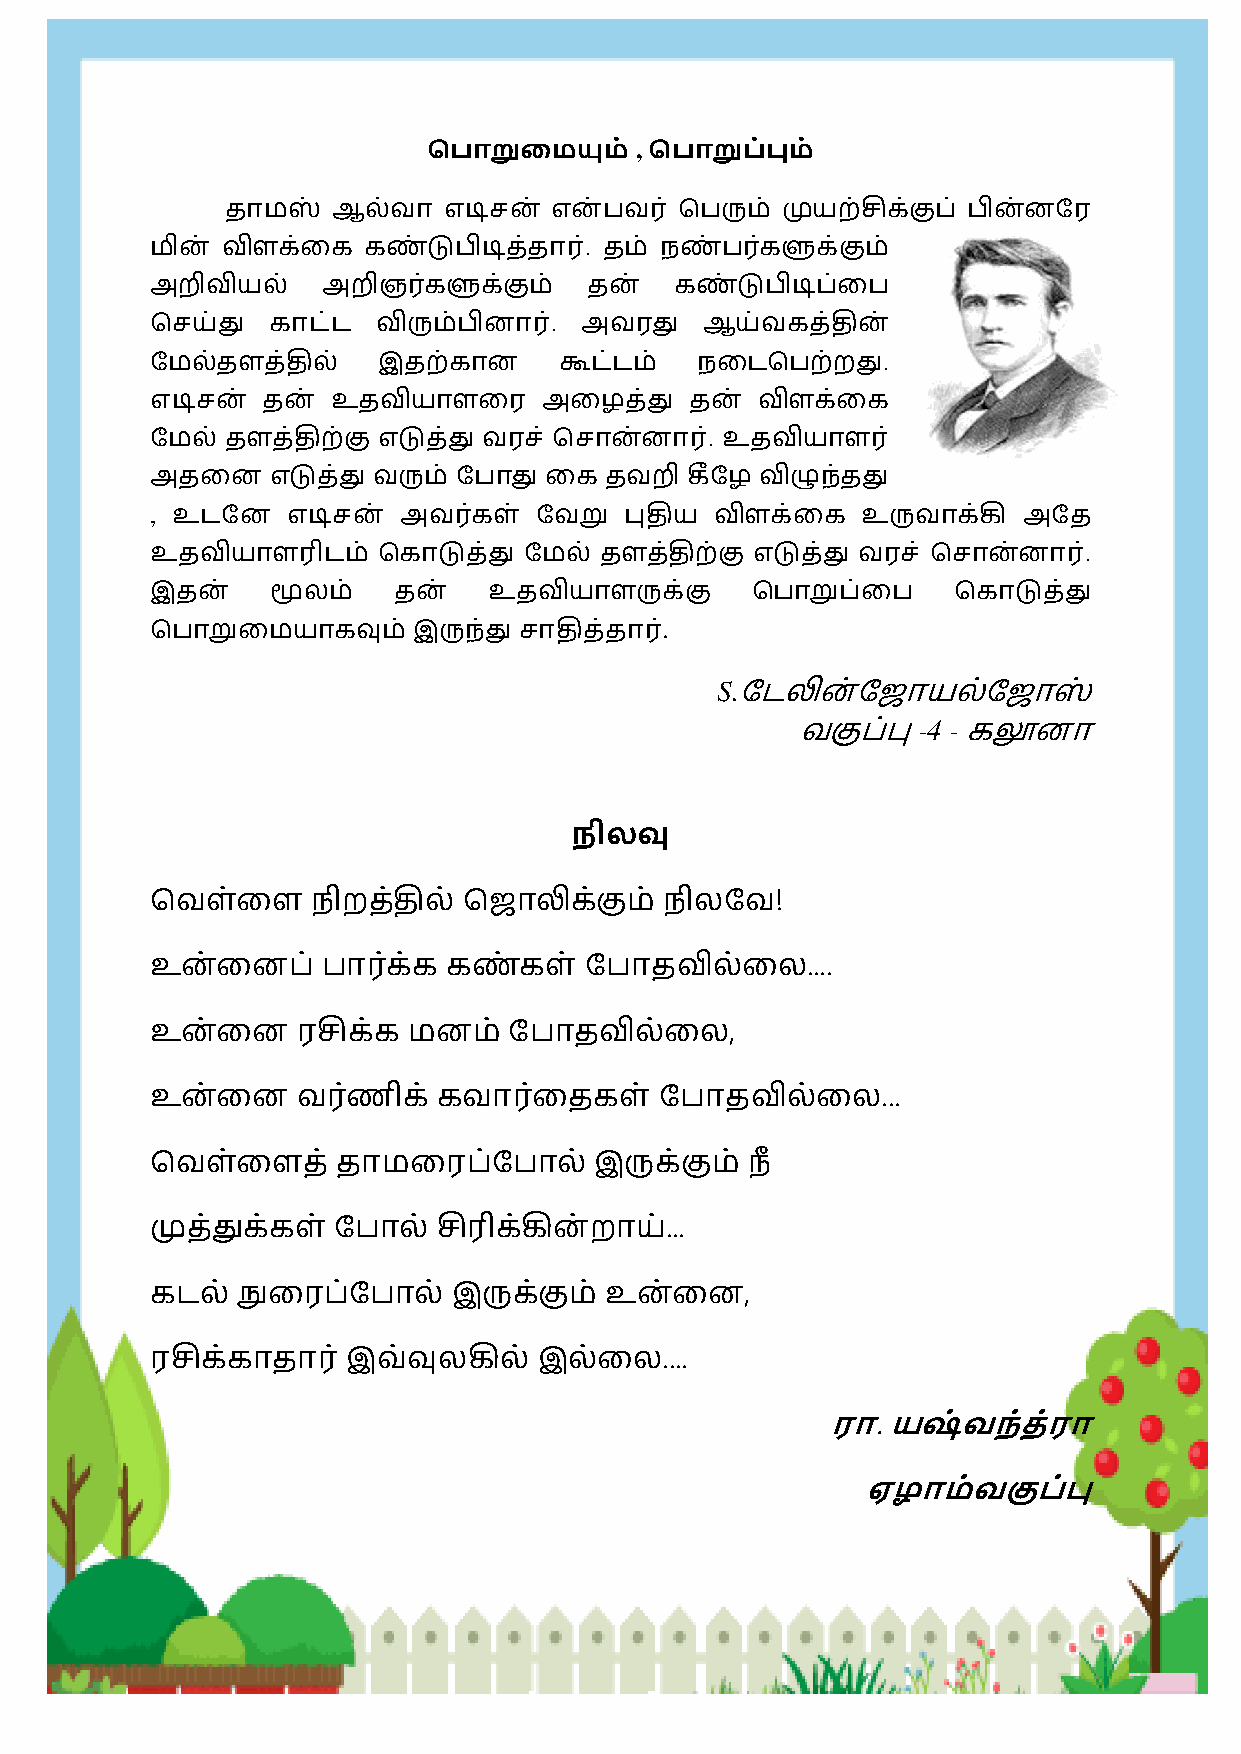
HONEY VIBES
 ,
 .
 .
 .
 உ
 . உ
 , உ                                            உ
 உ                                                             .
 உ
 .
 S.
 -4 -
 நிலவு
 கவ஭்ல஭     ஥ி஫த்தி஬் க஛ாலிக்குந்  ஥ி஬நவ!
 உ஦்ல஦      ஧ாபக் ்க கண் க஭்  ந஧ா     ஬்ல஬....
 உ஦்ல஦     பசிக்க ந஦ந்   ந஧ாதவி஬்ல஬,
 உ஦்ல஦     வபண்  ிக் கவாபல்  தக஭்  ந஧ா     ஬்ல஬...
 கவ஭்ல஭      தாநலப      ந஧ா஬் இருக்குந் ஥ீ
 முத்துக்க஭் ந஧ா஬்  சிபிக்கி஦்஫ான்...
 கட஬்  த௃லப   ந஧ா஬்  இருக்குந் உ஦்ல஦,
 பசி  காதாப   ்இவ்வு஬கி஬்  இ஬்ல஬....
 ரா. யஷ்வந்ை்ரா
 ஏழாம்வகுப்பு
 78